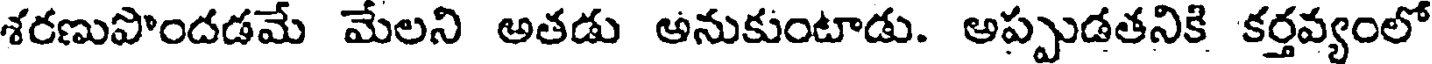
శరణుపొందడమే మేలని అతడు అనుకుంటాడు. అప్పుడతనికి కర్తవ్యంలో